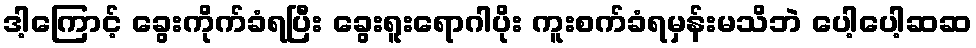
ဒါ့ကြောင့် ခွေးကိုက်ခံရပြီး ခွေးရူးရောဂါပိုး ကူးစက်ခံရမှန်းမသိဘဲ ပေါ့ပေါ့ဆဆ